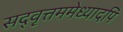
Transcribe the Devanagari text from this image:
सद्‌वृत्तममेध्यादपि